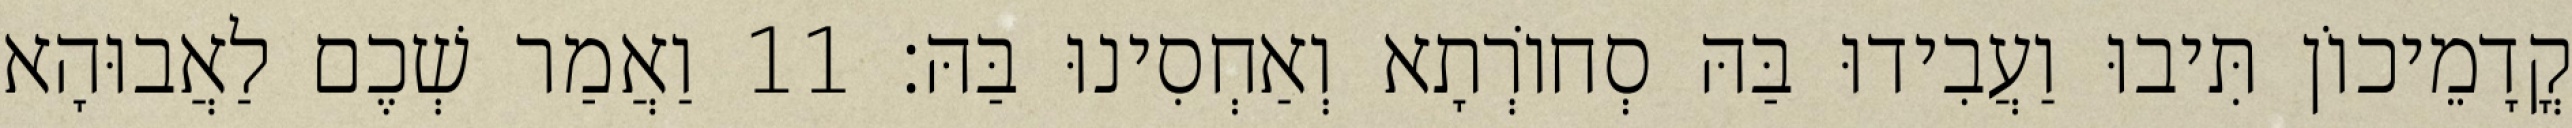
קֳדָמֵיכוֹן תִּיבוּ וַעֲבִידוּ בַּהּ סְחוֹרְתָא וְאַחְסִינוּ בַּהּ׃ 11 וַאֲמַר שְׁכֶם לַאֲבוּהָא